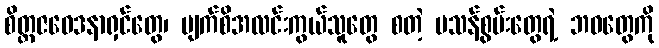
စိတ္တဇဝေဒနာရှင်တွေ၊ မျက်စိအလင်းကွယ်သူတွေ စတဲ့ မသန်စွမ်းတွေရဲ့ ဘဝတွေကို